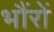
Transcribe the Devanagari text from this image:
भौंरों